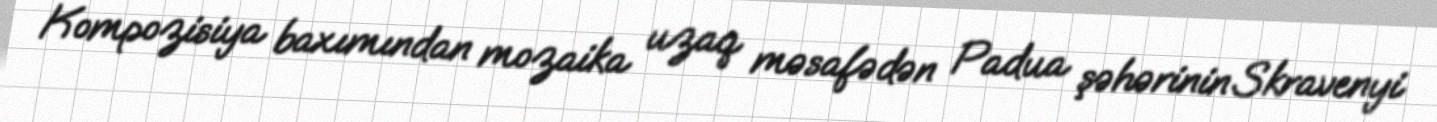
Kompozisiya baxımından mozaika uzaq məsafədən Padua şəhərinin Skravenyi